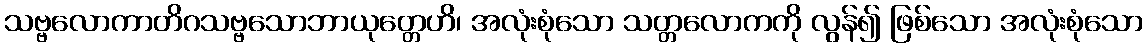
သဗ္ဗလောကာတိဂသဗ္ဗသောဘာယုတ္တေဟိ၊ အလုံးစုံသော သတ္တလောကကို လွန်၍ ဖြစ်သော အလုံးစုံသော